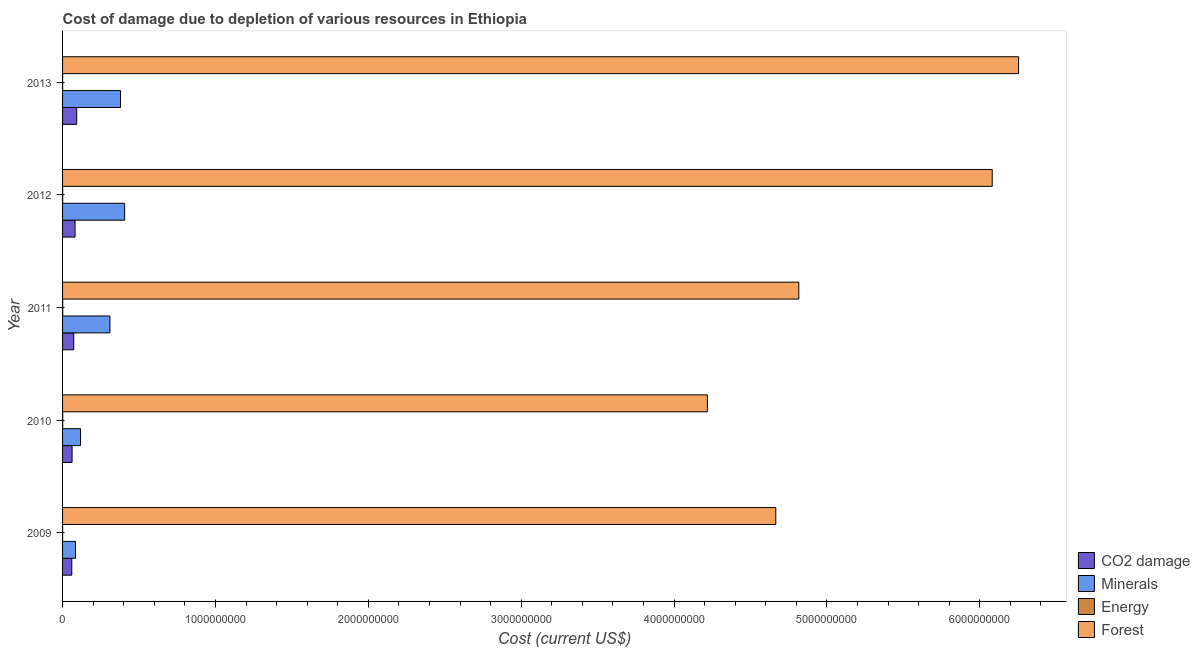
| Year | CO2 damage | Minerals | Energy | Forest |
 | --- | --- | --- | --- | --- |
 | 2009 | 6.03e+07 | 8.45e+07 | 2.68e+05 | 4.67e+09 |
 | 2010 | 6.22e+07 | 1.18e+08 | 1.04e+06 | 4.22e+09 |
 | 2011 | 7.31e+07 | 3.1e+08 | 9.09e+05 | 4.82e+09 |
 | 2012 | 8.17e+07 | 4.06e+08 | 6.99e+05 | 6.08e+09 |
 | 2013 | 9.26e+07 | 3.79e+08 | 6.23e+05 | 6.25e+09 |